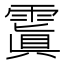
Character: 𩄚